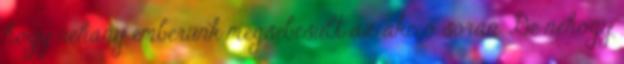
hogy néhány emberünk megsebesült az akció során. De nehogy